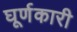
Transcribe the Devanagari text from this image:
घूर्णकारी